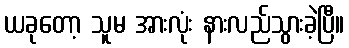
ယခုတော့ သူမ အားလုံး နားလည်သွားခဲ့ပြီ။